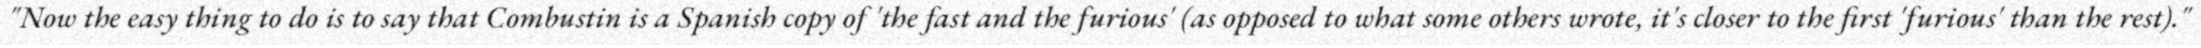
"Now the easy thing to do is to say that Combustin is a Spanish copy of 'the fast and the furious' (as opposed to what some others wrote, it's closer to the first 'furious' than the rest)."